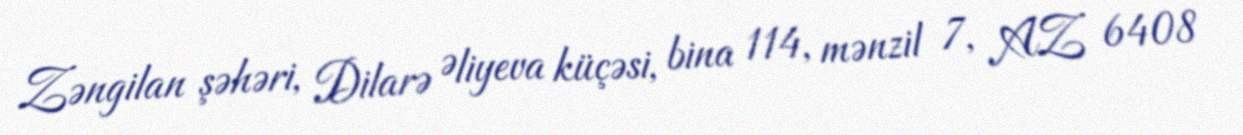
Zəngilan şəhəri, Dilarə Əliyeva küçəsi, bina 114, mənzil 7, AZ 6408